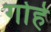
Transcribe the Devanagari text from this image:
गोहे